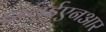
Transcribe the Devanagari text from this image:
डब्लूईएनआर